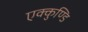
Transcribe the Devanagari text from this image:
एक्कुण्डि